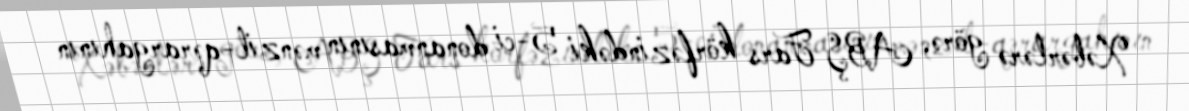
Xəbərlərə görə, ABŞ Fars körfəzindəki 5-ci donanmasının mənzil-qərargahının